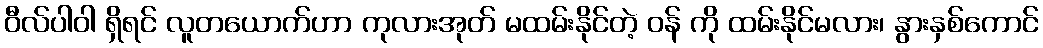
ဝီလ်ပါဝါ ရှိရင် လူတယောက်ဟာ ကုလားအုတ် မထမ်းနိုင်တဲ့ ဝန် ကို ထမ်းနိုင်မလား၊ နွားနှစ်ကောင်